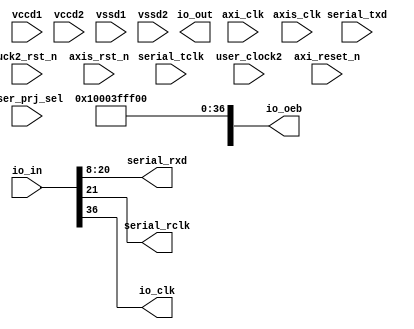
// This code snippet was auto generated by xls2vlog.py from source file: /home/patrick/Downloads/Interface-Definition.xlsx
// User: patrick
// Date: Jul-19-23



module MPRJ_IOz #(   parameter pUSER_PROJECT_SIDEBAND_WIDTH   = 5,
          parameter pSERIALIO_WIDTH   = 13,
          parameter pADDR_WIDTH   = 12,
          parameter pDATA_WIDTH   = 32
                )
(
  output wire  [pSERIALIO_WIDTH-1: 0] serial_rxd,
  output wire          serial_rclk,
  input  wire   [4: 0] user_prj_sel,
  input  wire  [pSERIALIO_WIDTH-1: 0] serial_txd,
  input  wire          serial_tclk,
  input  wire  [37: 0] io_in,
  input  wire          vccd1,
  input  wire          vccd2,
  input  wire          vssd1,
  input  wire          vssd2,
  output wire  [37: 0] io_out,
  output wire  [37: 0] io_oeb,
  output wire          io_clk,
  input  wire          user_clock2,
  input  wire          axi_clk,
  input  wire          axi_reset_n,
  input  wire          axis_clk,
  input  wire          uck2_rst_n,
  input  wire          axis_rst_n
);

  localparam BASE_OFFSET = 8;
  localparam RXD_OFFSET = BASE_OFFSET;
  localparam RXCLK_OFFSET = RXD_OFFSET + pSERIALIO_WIDTH;
  localparam TXD_OFFSET = RXCLK_OFFSET + 1;
  localparam TXCLK_OFFSET = TXD_OFFSET + pSERIALIO_WIDTH;
  localparam IOCLK_OFFSET = TXCLK_OFFSET + 1;
  localparam TXRX_WIDTH = IOCLK_OFFSET - BASE_OFFSET + 1;

// MPRJ_IO PIN PLANNING when pSERIALIO_WIDTH=13
// --------------------------------
// [20: 8]  I   RXD
// [   21]  I   RXCLK

// --------------------------------
// [34:22]  O   TXD
// [   35]  O   TXCLK

// --------------------------------
// [   36]  I   IO_CLK

// MPRJ_IO PIN PLANNING when pSERIALIO_WIDTH=12
// --------------------------------
// [19: 8]  I   RXD
// [   20]  I   RXCLK

// --------------------------------
// [32:21]  O   TXD
// [   33]  O   TXCLK

// --------------------------------
// [   34]  I   IO_CLK

/*
assign serial_rxd    = 12'b0;
assign serial_rclk   = 1'b0;
assign io_out        = 38'b0;
assign io_oeb        = 38'b0;
*/

assign io_clk = io_in[IOCLK_OFFSET];

assign io_oeb[ 7: 0]   =  8'h00;

assign io_oeb[RXD_OFFSET +: pSERIALIO_WIDTH]   = ~32'b0;  // RXD
assign io_oeb[RXCLK_OFFSET]   =  1'b1;    // RX_CLK

assign io_oeb[TXD_OFFSET +: pSERIALIO_WIDTH]   = 32'b0;  // TXD
assign io_oeb[TXCLK_OFFSET]   =  1'b0;    // TX_CLK

assign io_oeb[IOCLK_OFFSET]   =  1'b1;    // IO_CLK (from FPGA)


assign serial_rxd  = io_in[RXD_OFFSET +: pSERIALIO_WIDTH];
assign serial_rclk = io_in[RXCLK_OFFSET];

assign io_out[TXD_OFFSET +: pSERIALIO_WIDTH] = serial_txd;
assign io_out[TXCLK_OFFSET] = serial_tclk;


endmodule // MPRJ_IO